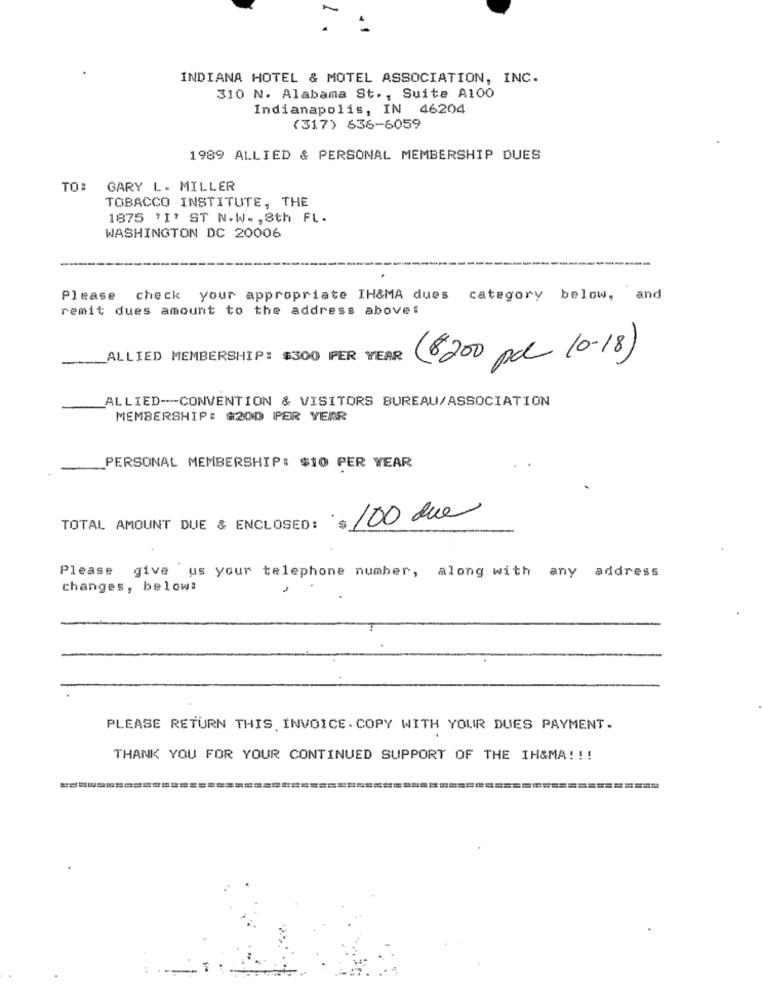
INDIANA HOTEL & MOTEL ASSOCIATION, INC.
310 N. Alabama St ., Suite A100
Indianapolis, IN 46204
(317) 636-6059
1989 ALLIED & PERSONAL MEMBERSHIP DUES
TO: GARY L. MILLER
TOBACCO INSTITUTE, THE
1875 'I' ST N.W. , 8th FL.
WASHINGTON DC 20006
Please check your appropriate IH&MA dues
category below, and
remit dues amount to the address above:
ALLIED MEMBERSHIP: $300 PER YEAR
(8200 pd 10-18)
ALLIED --- CONVENTION & VISITORS BUREAU/ASSOCIATION
MEMBERSHIP: $200 PER YEAR
PERSONAL MEMBERSHIP: $10 PER YEAR
$ 100 due
TOTAL AMOUNT DUE & ENCLOSED:
Please
give us your telephone number, along with any address
changes, below:
PLEASE RETURN THIS INVOICE. COPY WITH YOUR DUES PAYMENT.
THANK YOU FOR YOUR CONTINUED SUPPORT OF THE IH&MA! !!
==========